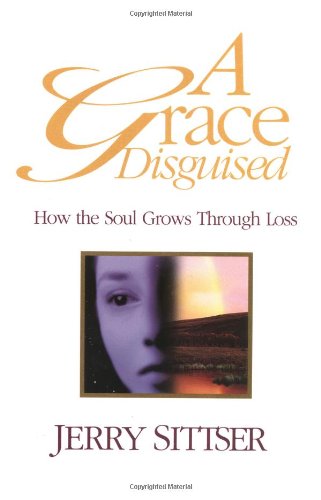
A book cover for A Grace Disguised: How the Soul Grows Through Loss; Jerry L. Sittser; Christian Books & Bibles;